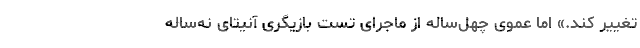
تغییر کند.» اما عموی چهل‌ساله از ماجرای تست بازیگری آنیتای نه‌ساله